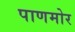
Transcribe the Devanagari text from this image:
पाणमोर